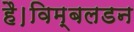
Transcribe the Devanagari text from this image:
है।विम्बलडन